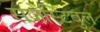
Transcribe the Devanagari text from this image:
सजेस्टिबुल